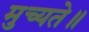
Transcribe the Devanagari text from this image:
मुच्यते॥